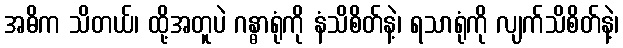
အဓိက သိတယ်၊ ထို့အတူပဲ ဂန္ဓာရုံကို နံသိစိတ်နဲ့၊ ရသာရုံကို လျက်သိစိတ်နဲ့၊